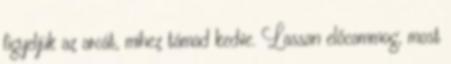
figyeljük az arcát, mihez támad kedve. Lassan előcammog, most